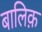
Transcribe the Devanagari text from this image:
बालिक़